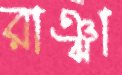
রাঞ্ঝা